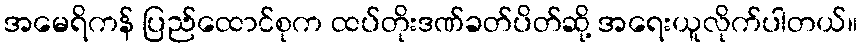
အမေရိကန် ပြည်ထောင်စုက ထပ်တိုးဒဏ်ခတ်ပိတ်ဆို့ အရေးယူလိုက်ပါတယ်။